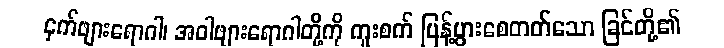
ငှက်ဖျားရောဂါ၊ အဝါဖျားရောဂါတို့ကို ကူးစက် ပြန့်ပွားစေတတ်သော ခြင်တို့၏